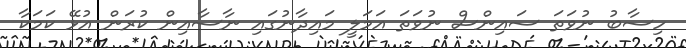
ހިސާބު ނުވަތަ ސައިންސް ނުވަތަ އަމަލީ މައިދާނުގައި ނާސާއިން ކުރަން އުޅޭ ކަމަކާ